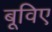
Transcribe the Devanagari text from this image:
बूविए